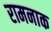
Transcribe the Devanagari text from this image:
रामनाक